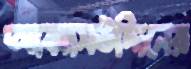
আব্বাসউদ্দিনের